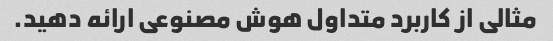
مثالی از کاربرد متداول هوش مصنوعی ارائه دهید.